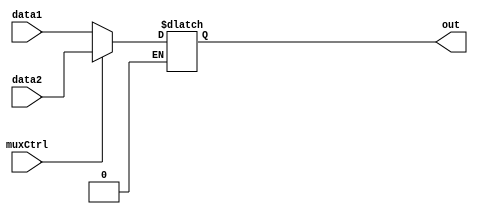
module Mux(data1,data2,muxCtrl,out);
input wire[31:0] data1;
input wire[31:0] data2;
input muxCtrl;
output reg [31:0]out;

//assign out = muxCtrl?data2:data1;
always@(data1,data2,muxCtrl)
begin
if(muxCtrl==1)
out = data2;
else if(muxCtrl==0)
out = data1;

end 



endmodule





module Mux1bit (data1,data2,muxCtrl,out);


input wire data1;
input wire data2;
input wire muxCtrl;
output wire out;

assign out = muxCtrl?data2:data1;
	


endmodule